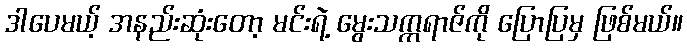
ဒါပေမယ့် အနည်းဆုံးတော့ မင်းရဲ့ မွေးသက္ကရာဇ်ကို ပြောပြမှ ဖြစ်မယ်။